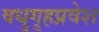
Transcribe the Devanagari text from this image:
वधुगृहप्रवेश